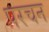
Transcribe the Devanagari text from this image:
परचन